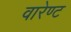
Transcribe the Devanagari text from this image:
वारेण्ट